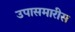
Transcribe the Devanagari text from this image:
उपासमारीस